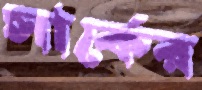
সার্কের